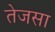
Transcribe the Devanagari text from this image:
तेजसा